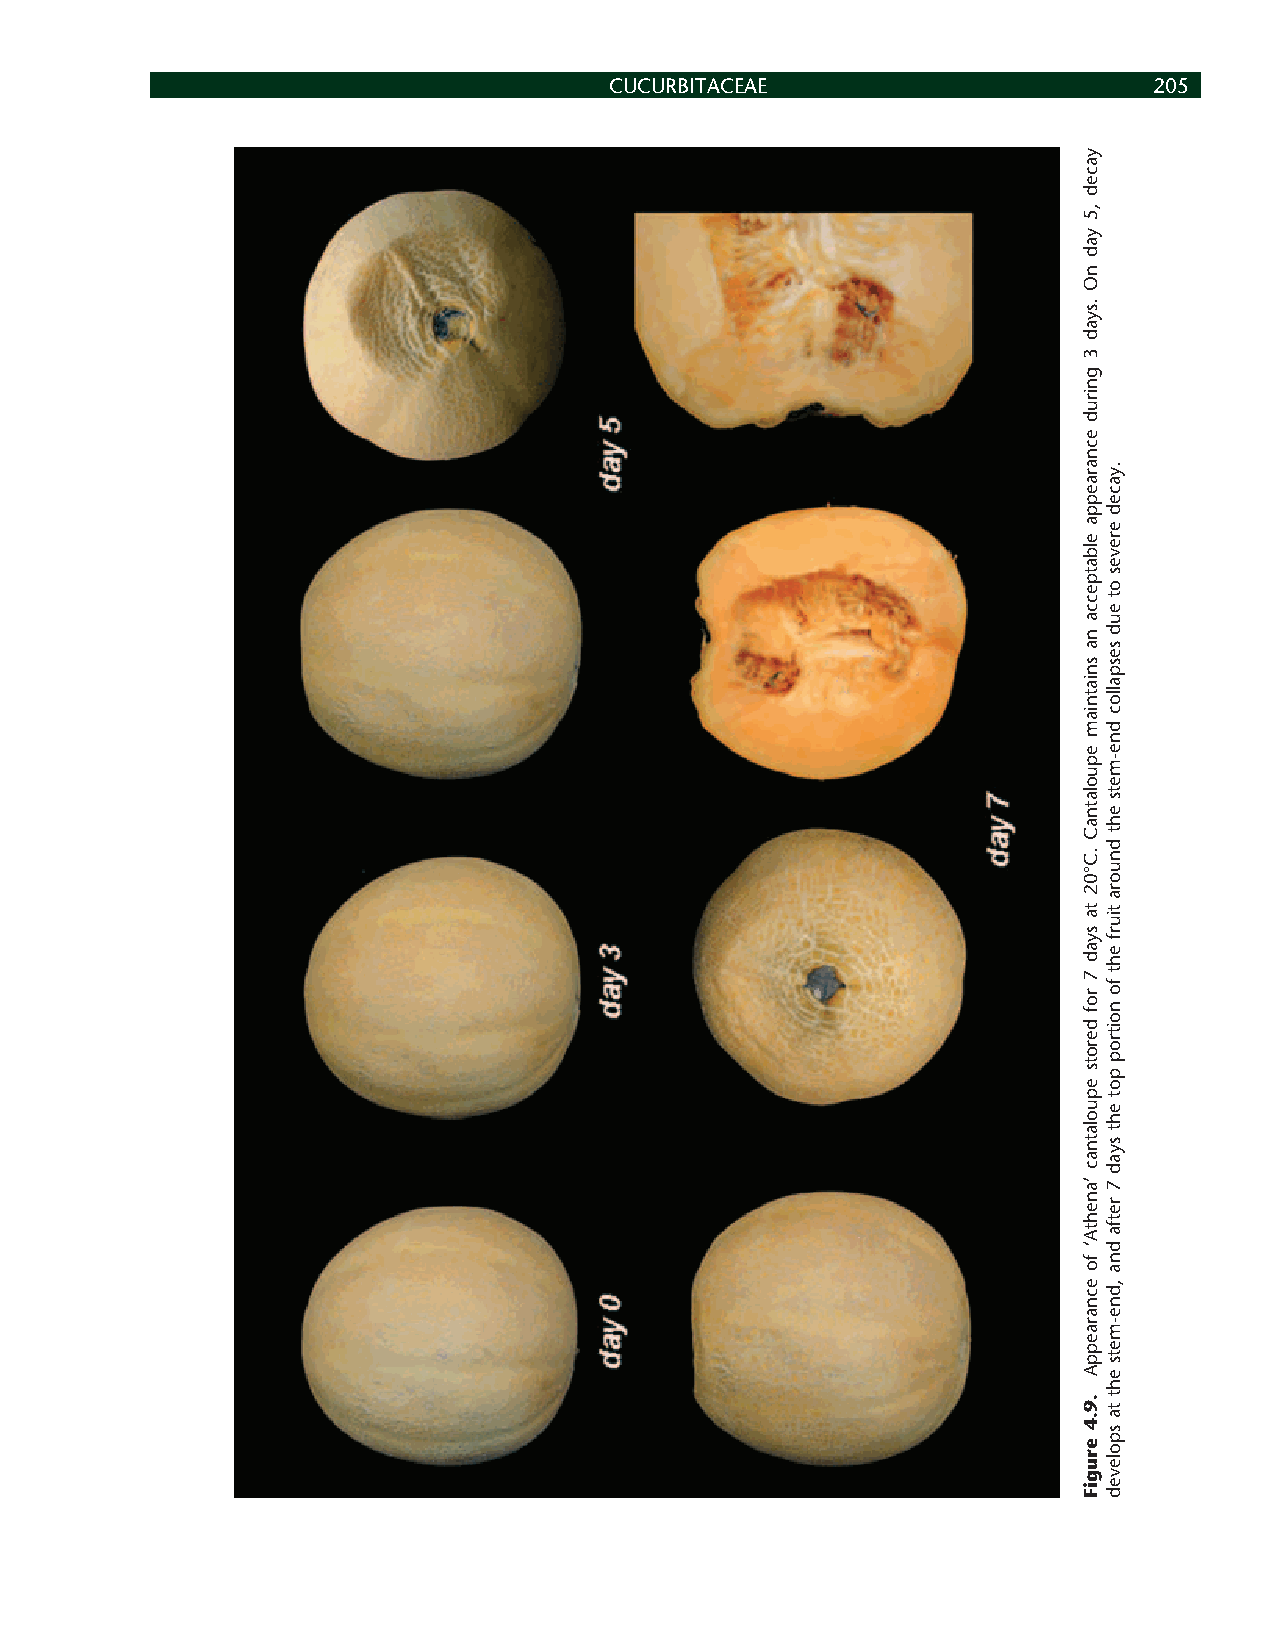
CUCURBITACEAE                       205
 yaced
 ,5
 yad
 nO
 .syad
 3
 gnirud
 ecnaraeppa
 elbatpecca
 na
 sniatniam
 epuolatnaC
 .C°02
 ta
 syad
 7
 rof
 derots
 epuolatnac
 ’anehtA‘
 fo
 ecnaraeppA
 .9.4
 erugiF
 .yaced
 ereves
 ot
 eud
 sespalloc
 dne-mets
 eht
 dnuora
 tiurf
 eht
 fo
 noitrop
 pot
 eht
 syad
 7
 retfa
 dna
 ,dne-mets
 eht
 ta
 spoleved